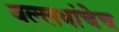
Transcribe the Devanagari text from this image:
वल्लभांचेच